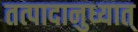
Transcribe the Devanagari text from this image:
तत्पादानुध्यात्